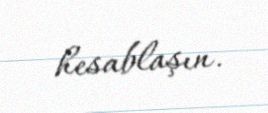
hesablaşın.